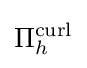
\Pi _{h}^{\operatorname {curl} }